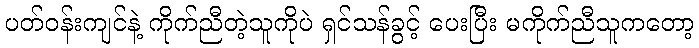
ပတ်ဝန်းကျင်နဲ့ ကိုက်ညီတဲ့သူကိုပဲ ရှင်သန်ခွင့် ပေးပြီး မကိုက်ညီသူကတော့